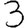
Digit: 3